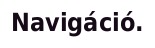
Navigáció.